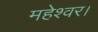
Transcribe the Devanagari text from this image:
महेश्वर।